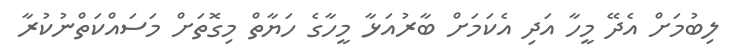
ލިބުމަށް އެދޭ މީހާ އަދި އެކަމަށް ބާރުއަޅާ މީހާގެ ހަޔާތް މިގޮތަށް މަސައްކަތްނުކުރާ